Annual report of the Punjab Veterinary College and of the Civil Veterinary Department, Punjab - 1920-1925
Year: 1920
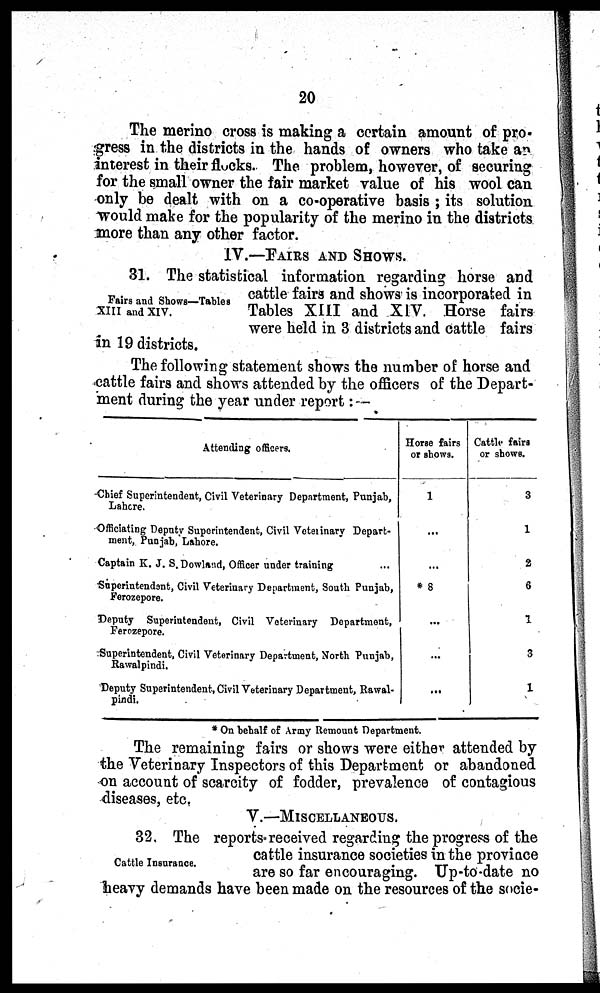
20
The merino cross is making a certain amount of pro-
gress in the districts in the hands of owners who take an
interest in their flocks. The problem, however, of securing
for the small owner the fair market value of his wool can
only be dealt with on a co-operative basis; its solution
would make for the popularity of the merino in the districts
more than any other factor.
IV.—FAIRS AND SHOWS.
Fairs and Shows—Tables
XIII and XIV.
31. The statistical information regarding horse and
cattle fairs and shows is incorporated in
Tables XIII and XIV. Horse fairs
were held in 3 districts and cattle fairs
in 19 districts.
The following statement shows the number of horse and
cattle fairs and shows attended by the officers of the Depart-
ment during the year under report:—
Attending officers.
Chief Superintendent, Civil Veterinary Department, Punjab,
Lahore.
Officiating Deputy Superintendent, Civil Voterinary Depart-
ment, Punjab, Lahore.
Captain K. J. S. Dowland, Officer under training
Superintendent, Civil Veterinary Department, South Punjab,
Ferozepore.
Deputy Superintendent, Civil Veterinary Department,
Ferozepore.
Superintendent, Civil Veterinary Department, North Punjab,
Rawalpindi.
Deputy Superintendent, Civil Veterinary Department, Rawal-
pindi.
Horse fairs
or shows.
1
...
...
* 8
...
...
...
Cattle fairs
or shows.
3
1
2
6
1
3
1
* On behalf of Army Remount Department.
The remaining fairs or shows were either attended by
the Veterinary Inspectors of this Department or abandoned
on account of scarcity of fodder, prevalence of contagious
diseases, etc.
V.—MISCELLANEOUS.
Cattle Insurance.
32. The reports received regarding the progress of the
cattle insurance societies in the province
are so far encouraging. Up-to-date no
heavy demands have been made on the resources of the socie-